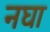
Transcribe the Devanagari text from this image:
नघा